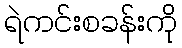
ရဲကင်းစခန်းကို